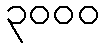
၃၀၀၀